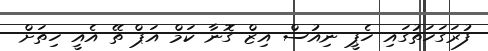
ފުރަގަހަތުގައި ހެޕީ ނިއުސް އިޒް ގޮނާ ކަމް އަޕް ތޭ އެއީ ހިތަށް